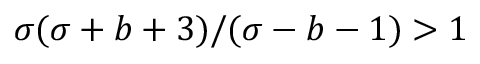
\sigma ( \sigma + b + 3 ) / ( \sigma - b - 1 ) > 1